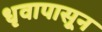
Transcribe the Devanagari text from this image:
धृवापासून